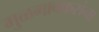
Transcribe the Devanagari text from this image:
मुळगावकरांना